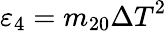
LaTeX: {{\varepsilon}_{4}}={{m}_{20}}{{\Delta T}^{2}}